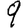
Digit: 9